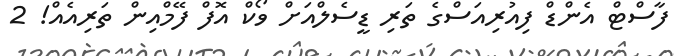
ފާސްޓް އެންޑް ފިއުރިއަސްގެ ތަރި ޑީސެލްއަށް ވޯކް އޮފް ފޭމްއިން ތަރިއެއް! 2